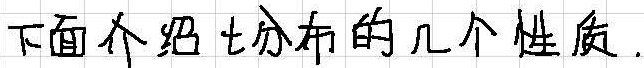
下面介绍t分布的几个性质.